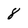
Character: 8